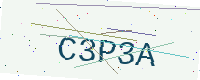
Text: C3P3A